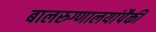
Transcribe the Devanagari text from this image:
बालरुग्णालयांपैकी